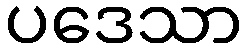
ပဒေသာ